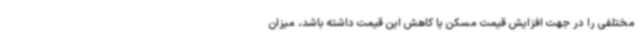
مختلفی را در جهت افزایش قیمت مسکن یا کاهش این قیمت داشته باشد، میزان